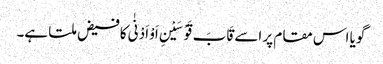
گویا اس مقام پر اسے قَابَ قَوْسَیْنِ اَوْ اَدْنٰی کافیض ملتا ہے۔